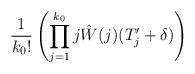
LaTeX: \begin{align*} \frac{1}{k_0!} \left( \prod_{j=1}^{k_0} j \hat{W}(j)(T_j'+\delta) \right)\end{align*}